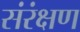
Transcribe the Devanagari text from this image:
संरंक्षण